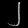
Digit: ၂